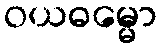
ဝယဓမ္မော